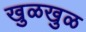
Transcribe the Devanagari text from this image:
खुळखुळ